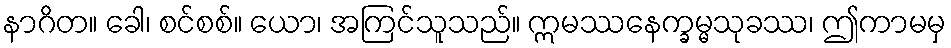
နာဂိတ။ ခေါ၊ စင်စစ်။ ယော၊ အကြင်သူသည်။ ဣမဿနေက္ခမ္မသုခဿ၊ ဤကာမမှ